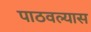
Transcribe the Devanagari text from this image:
पाठवल्‍यास